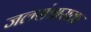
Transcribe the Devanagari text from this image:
जलसंत्रासक